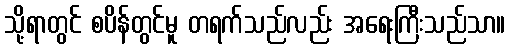
သို့ရာတွင် စပိန်တွင်မူ တရက်သည်လည်း အရေးကြီးသည်သာ။